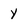
Character: y